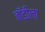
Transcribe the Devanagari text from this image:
बॉडीला